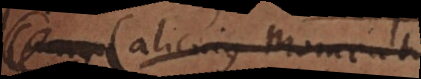
alicujus momenti